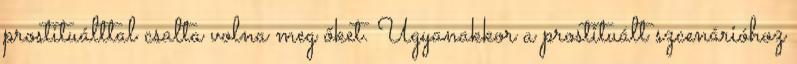
prostituálttal csalta volna meg őket. Ugyanakkor a prostituált szcenárióhoz